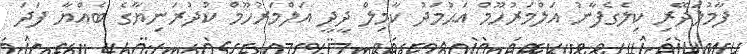
ފާމުލަދޭރި ކިލެގެފާނު އަލްމަރުހޫމް އަޙުމަދު ކާމިލް ދީދީ އަލްމަރުހޫމް ކުދުރަނިޔާގެ ބެއްޔާ ފަދަ